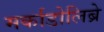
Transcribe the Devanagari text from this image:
मर्काडोलिब्रे